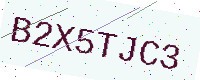
Text: B2X5TJC3